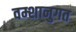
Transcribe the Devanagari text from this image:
वम्शानुगत